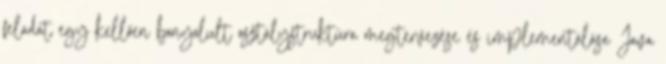
feladat egy kellően bonyolult osztálystruktúra megtervezése és implementálása Java